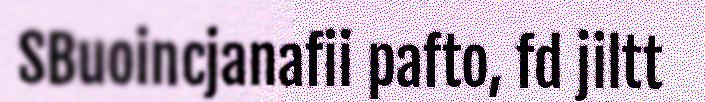
SBuoincjanafii pafto, fd jiltt